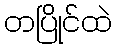
တပြိုင်ထဲ